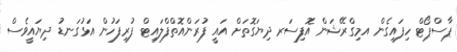
ޕާސްޕޯޓް ހިފައިގެން އމިގްރޭޝަން އޮފިސަރ ދިޔަގޮތަށް އައީ ފުރަންއޮތްފްލައިޓް ފުރިފަހުން އަޅުގަނޑު ދިޔައީވެސް